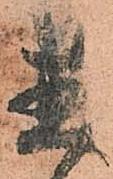
直